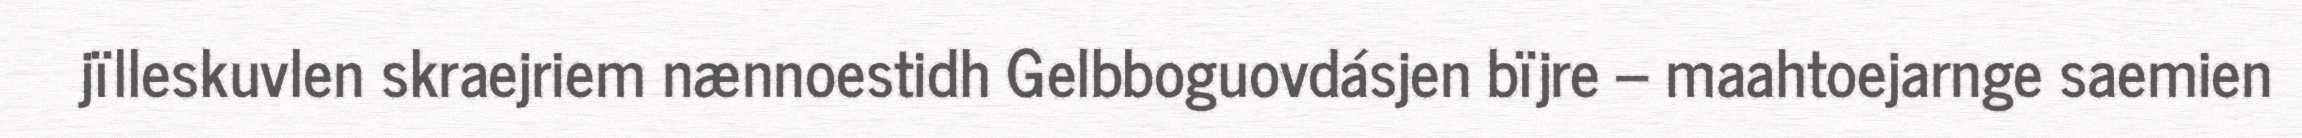
jïlleskuvlen skraejriem nænnoestidh Gelbboguovdásjen bïjre – maahtoejarnge saemien